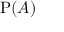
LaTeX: \mathrm { P } ( A )